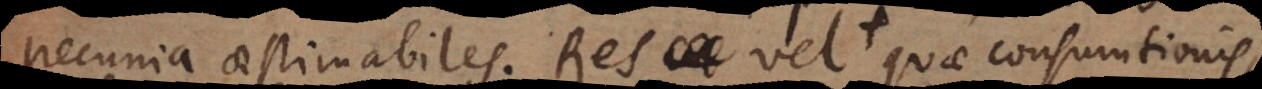
pecunia aestimabiles. Res vel quae consumtionis,